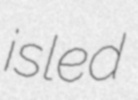
isled